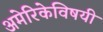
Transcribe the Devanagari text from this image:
अमेरिकेविषयी